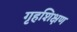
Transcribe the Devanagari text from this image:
गृहशिक्षण